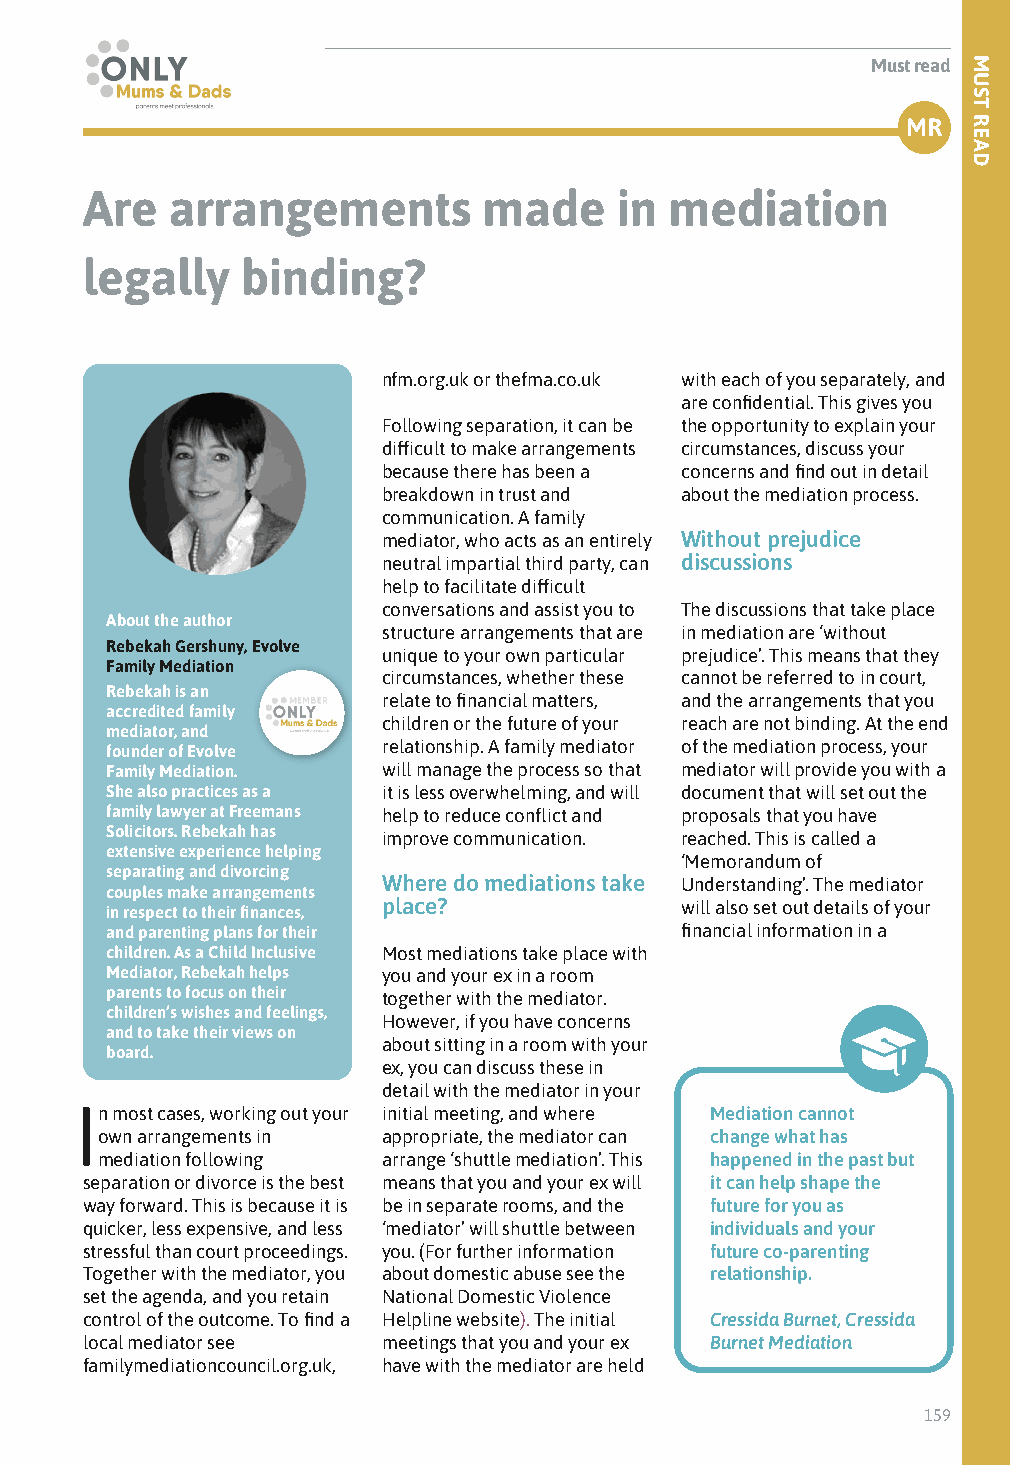
Must read
 MR
 Are   arrangements         made     in mediation
 legally    binding?
 nfm.org.uk or thefma.co.uk with each of you separately, and
 are confidential. This gives you
 Following separation, it can be the opportunity to explain your
 difficult to make arrangements circumstances, discuss your
 because there has been a concerns and find out in detail
 breakdown in trust and about the mediation process.
 communication. A family
 mediator, who acts as an entirely Without prejudice
 neutral impartial third party, can discussions
 help to facilitate difficult
 conversations and assist you to The discussions that take place
 About the author
 structure arrangements that are in mediation are ‘without
 Rebekah Gershuny, Evolve
 unique to your own particular prejudice’. This means that they
 Family Mediation
 circumstances, whether these cannot be referred to in court,
 Rebekah is an
 relate to financial matters, and the arrangements that you
 accredited family
 children or the future of your reach are not binding. At the end
 mediator, and
 founder of Evolve relationship. A family mediator of the mediation process, your
 Family Mediation. will manage the process so that mediator will provide you with a
 She also practices as a it is less overwhelming, and will document that will set out the
 family lawyer at Freemans help to reduce conflict and proposals that you have
 Solicitors. Rebekah has improve communication. reached. This is called a
 extensive experience helping
 ‘Memorandum of
 separating and divorcing
 Where do mediations take Understanding’. The mediator
 couples make arrangements
 in respect to their finances, place?  will also set out details of your
 and parenting plans for their         financial information in a
 children. As a Child Inclusive Most mediations take place with
 Mediator, Rebekah helps you and your ex in a room
 parents to focus on their together with the mediator.
 children’s wishes and feelings,
 However, if you have concerns
 and to take their views on
 about sitting in a room with your
 board.
 ex, you can discuss these in
 detail with the mediator in your
 In most cases, working out your initial meeting, and where Mediation cannot
 own arrangements in appropriate, the mediator can change what has
 mediation following arrange ‘shuttle mediation’. This happened in the past but
 separation or divorce is the best means that you and your ex will it can help shape the
 way forward. This is because it is be in separate rooms, and the future for you as
 quicker, less expensive, and less ‘mediator’ will shuttle between individuals and your
 stressful than court proceedings. you. (For further information future co-parenting
 Together with the mediator, you about domestic abuse see the relationship.
 set the agenda, and you retain National Domestic Violence
 control of the outcome. To find a Helpline website). The initial Cressida Burnet, Cressida
 local mediator see  meetings that you and your ex Burnet Mediation
 familymediationcouncil.org.uk, have with the mediator are held
 159
 MUST
 READ